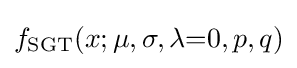
f_{\text{SGT}}(x;\mu ,\sigma ,\lambda {=}0,p,q)